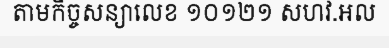
តាមកិច្ចសន្យាលេខ ១០១២១ សហវ.អល